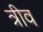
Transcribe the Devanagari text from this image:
त्रीव